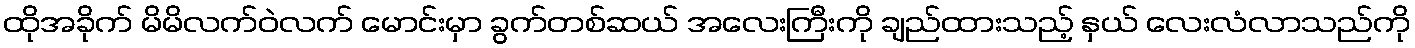
ထိုအခိုက် မိမိလက်ဝဲလက် မောင်းမှာ ခွက်တစ်ဆယ် အလေးကြီးကို ချည်ထားသည့် နှယ် လေးလံလာသည်ကို